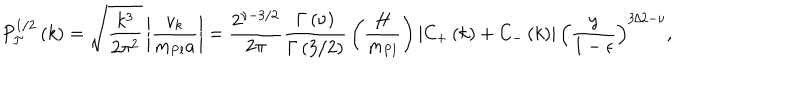
LaTeX: P _ { \cal T } ^ { 1 / 2 } \left( k \right) = \sqrt { \frac { k ^ { 3 } } { 2 \pi ^ { 2 } } } \left| { \frac { v _ { k } } { m _ { \mathrm { P l } } a } } \right| = { \frac { 2 ^ { \nu - 3 / 2 } } { 2 \pi } } { \frac { \Gamma \left( \nu \right) } { \Gamma \left( 3 / 2 \right) } } \left( { \frac { H } { m _ { \mathrm { P l } } } } \right) \left| C _ { \mathrm { + } } \left( k \right) + C _ { - } \left( k \right) \right| \left( { \frac { y } { 1 - \epsilon } } \right) ^ { 3 / 2 - \nu } ,